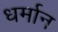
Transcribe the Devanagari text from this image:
धर्मान